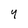
Character: 4